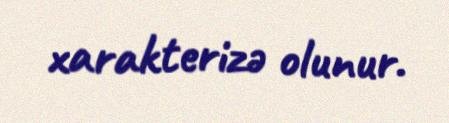
xarakterizə olunur.